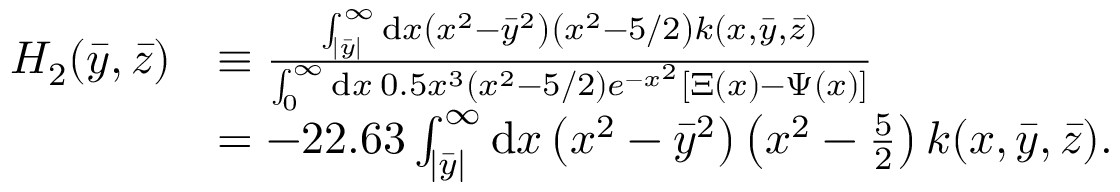
\begin{array} { r l } { H _ { 2 } ( \Bar { y } , \Bar { z } ) } & { \equiv \frac { \int _ { | \bar { y } | } ^ { \infty } \mathrm { d } x \left( x ^ { 2 } - \bar { y } ^ { 2 } \right) \left( x ^ { 2 } - 5 / 2 \right) k ( x , \bar { y } , \bar { z } ) } { \int _ { 0 } ^ { \infty } \mathrm { d } x \: 0 . 5 x ^ { 3 } \left( x ^ { 2 } - 5 / 2 \right) e ^ { - x ^ { 2 } } [ \Xi ( x ) - \Psi ( x ) ] } } \\ & { = - 2 2 . 6 3 \int _ { | \bar { y } | } ^ { \infty } \mathrm { d } x \left( x ^ { 2 } - \bar { y } ^ { 2 } \right) \left( x ^ { 2 } - \frac { 5 } { 2 } \right) k ( x , \bar { y } , \bar { z } ) . } \end{array}